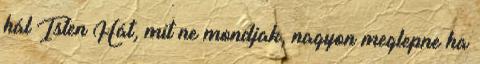
hál Isten Hát, mit ne mondjak, nagyon meglepne ha